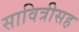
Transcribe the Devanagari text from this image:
सावित्रीसह